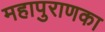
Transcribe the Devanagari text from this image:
महापुराणका